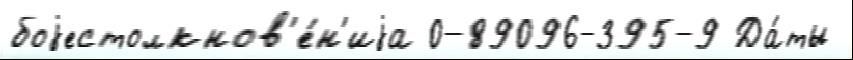
боjестолкнов'е́н'иjа 0-89096-395-9 Да́ты